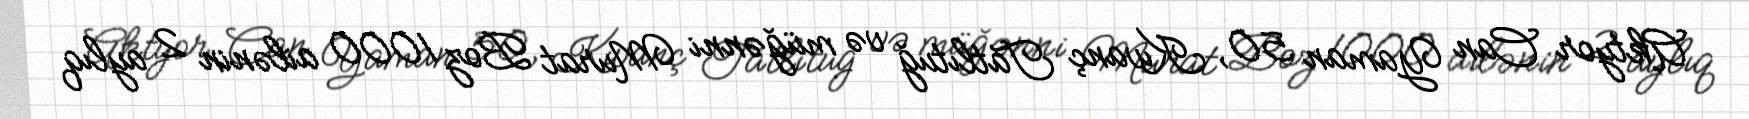
Aktyor Can Yaman 50, Kıvanç Tatlıtuğ və müğənni Murat Boz 1000 ailənin 2 aylıq